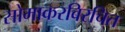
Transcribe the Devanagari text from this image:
सोमाकरविरचित